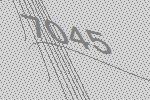
7045